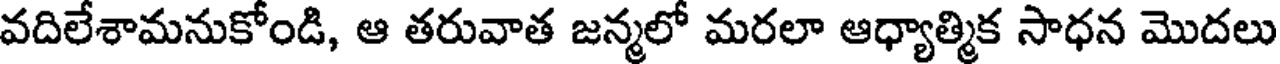
వదిలేశామనుకోండి, ఆ తరువాత జన్మలో మరలా ఆధ్యాత్మిక సాధన మొదలు